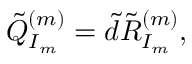
\tilde { Q } _ { I _ { m } } ^ { ( m ) } = \tilde { d } \tilde { R } _ { I _ { m } } ^ { ( m ) } ,